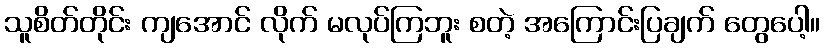
သူစိတ်တိုင်း ကျအောင် လိုက် မလုပ်ကြဘူး စတဲ့ အကြောင်းပြချက် တွေပေါ့။